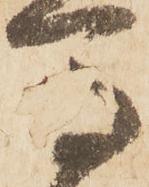
馬